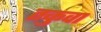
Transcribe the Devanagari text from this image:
तकुवा